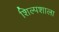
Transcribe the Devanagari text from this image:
शिल्पशाला